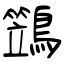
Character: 鷑